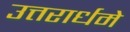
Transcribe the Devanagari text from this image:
उत्तरार्धमे